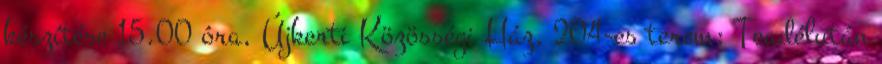
készítése 15.00 óra, Újkerti Közösségi Ház, 204-es terem: Teadélután